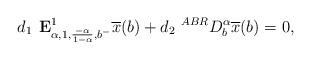
LaTeX: \begin{align*} d_1 \textbf{ E}^1_{\alpha,1, \frac{-\alpha}{1-\alpha},b^-}\overline{x}(b)+ d_2 ~^{ABR}D_b^\alpha \overline{x}(b)=0,\end{align*}